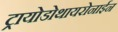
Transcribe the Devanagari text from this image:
ट्रायोडोथायरोनाईन